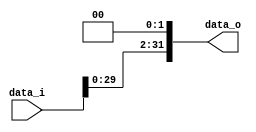
//Subject:      CO project 2 - Shift_Left_Two_32
//--------------------------------------------------------------------------------
//Version:     1
//--------------------------------------------------------------------------------
//Description: 109550136 2022/5/2
//--------------------------------------------------------------------------------
`timescale 1ns/1ps
module Shift_Left_Two_32(
    data_i,
    data_o
    );

//I/O ports                    
input [32-1:0] data_i;
output [32-1:0] data_o;

//shift left 2
reg [32-1:0] data_o;

always@(*) begin
    data_o <= {data_i[29:0], 2'b00};
end
     
endmodule